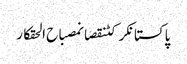
پاکستانکرکٹنقصانمصباح الحقکار